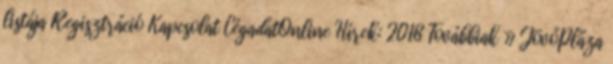
listája Regisztráció Kapcsolat CégadatOnline Hírek: 2018 Továbbiak » JövőPláza